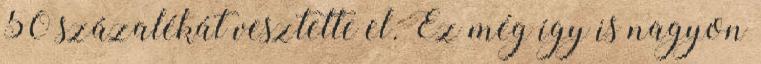
50 százalékát vesztette el. Ez még így is nagyon